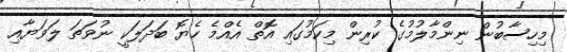
މިހިސާބުން ނިންމާލުމުގެ ކުރިން މިކަމުގައި އޮތް އެއްމެ ހެޔޮ ބަދަލަކީ ނުވަތަ ލަވަޔާއި